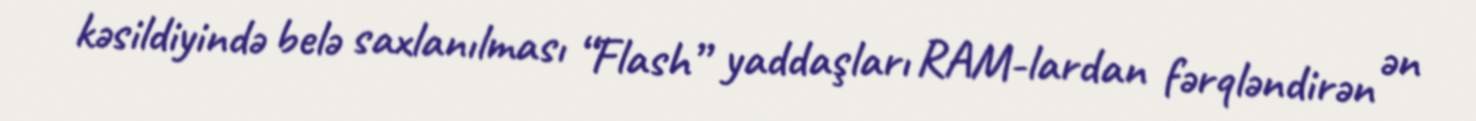
kəsildiyində belə saxlanılması “Flash” yaddaşları RAM-lardan fərqləndirən ən